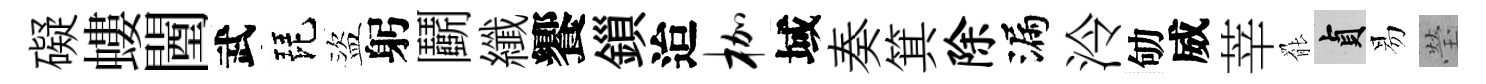
礙螻闉武琵盜躬鬬纖饗鎻迨枷域奏箕除漏泠劬威莘罷貞易瑩